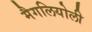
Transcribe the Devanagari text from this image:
मैगलियोली